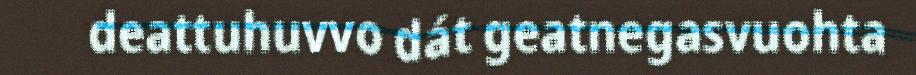
deattuhuvvo dát geatnegasvuohta